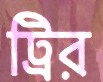
ট্রির